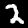
Label: 2